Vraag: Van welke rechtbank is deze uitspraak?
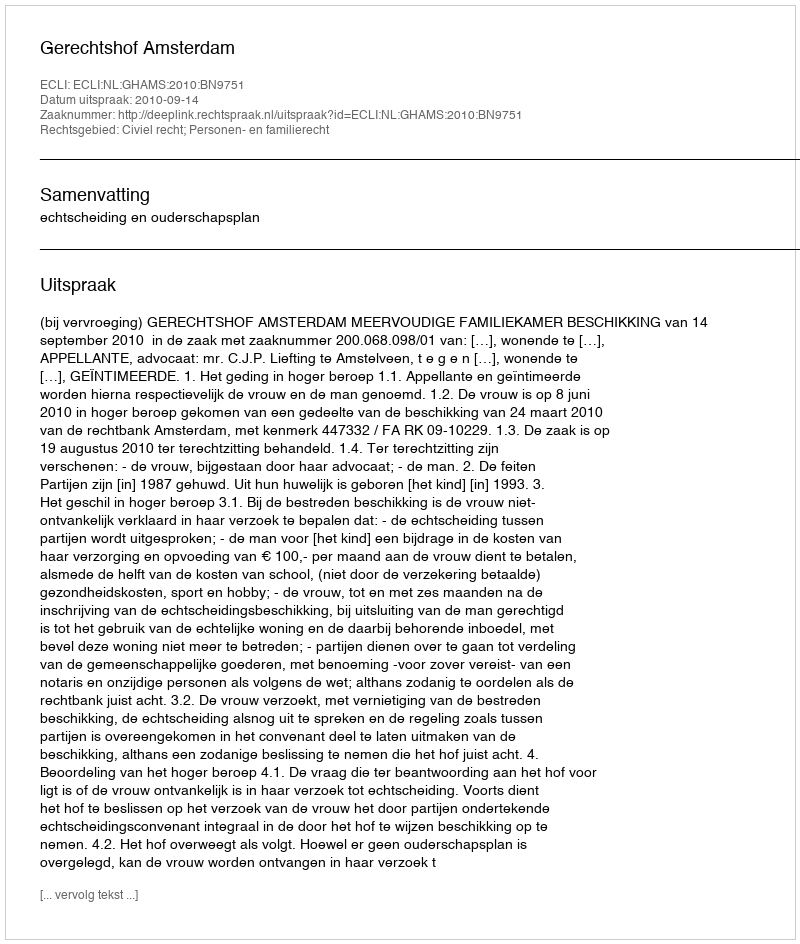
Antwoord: Gerechtshof Amsterdam